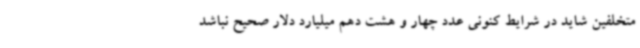
متخلفین شاید در شرایط کنونی عدد چهار و هشت دهم میلیارد دلار صحیح نباشد